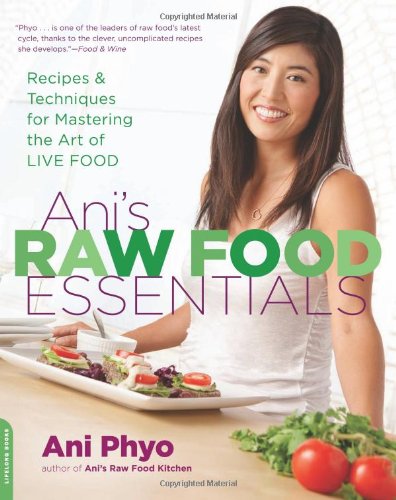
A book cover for Ani's Raw Food Essentials: Recipes and Techniques for Mastering the Art of Live Food; Ani Phyo; Cookbooks, Food & Wine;